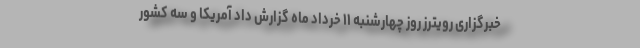
خبرگزاری رویترز روز چهارشنبه ۱۱ خرداد ماه گزارش داد آمریکا و سه کشور